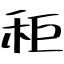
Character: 秬